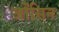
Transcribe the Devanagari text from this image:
जोंसिन